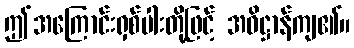
ဤအကြောင်းရှစ်ပါးတို့ဖြင့် အဓိဋ္ဌာန်ကျ၏။